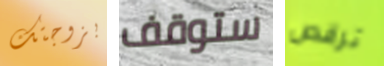
بزوجتك ستوقف ترقص